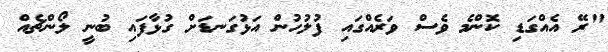
"ރޭ އެއްގަޑި ކޮންމެ ވެސް ވަރެއްގައިި ފުލުހުން އަޅުގަނޑަށް ގުޅާފައި ބުނީ ލޯންޗެއް